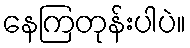
နေကြတုန်းပါပဲ။